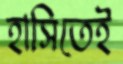
হাসিতেই